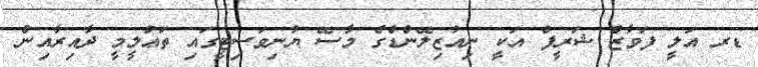
ޑރ އަލީ ފަވާޒް ޝަރީފް އަކީ ނިއުޒިލޭންޑްގެ މާސޭ ޔުނިވަސިޓީގައި ތަޢުލީމީ ދާއިރާއިން